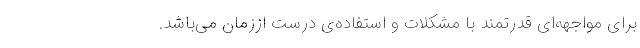
برای مواجهه‌ا‌ی قدرتمند با مشکلات و استفاده‌ی درست اززمان می‌باشد.